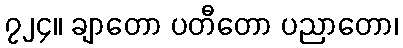
၇၂၄။ ချာတော ပတီတော ပညာတော၊